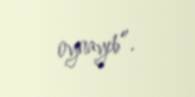
oynayıb”.